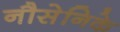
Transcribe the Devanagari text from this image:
नौसेनिके